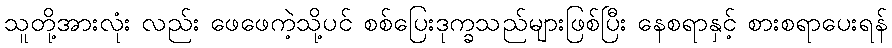
သူတို့အားလုံး လည်း ဖေဖေကဲ့သို့ပင် စစ်ပြေးဒုက္ခသည်များဖြစ်ပြီး နေစရာနှင့် စားစရာပေးရန်